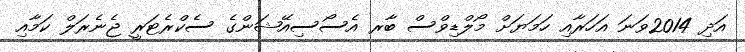
އަދި 2014ވަނަ އަހަރާއި ހަމަޔަށް މޯލްޑިވްސް ބާރ އެސޯސިއޭޝަންގެ ސެކްރެޓަރީ ޖެނެރަލް ކަމާއި